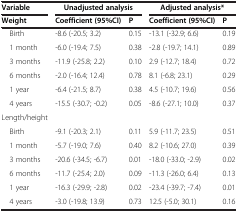
<table><thead><tr><td><b>Variable</b></td><td colspan="2"><b>Unadjusted analysis</b></td><td colspan="2"><b>Adjusted analysis*</b></td></tr><tr><td><b>Weight</b></td><td><b>Coefficient (95%CI)</b></td><td><b>P</b></td><td><b>Coefficient (95%CI)</b></td><td><b>P</b></td></tr></thead><tbody><tr><td> Birth</td><td>-8.6 (-20.5; 3.2)</td><td>0.15</td><td>-13.1 (-32.9; 6.6)</td><td>0.19</td></tr><tr><td> 1 month</td><td>-6.0 (-19.4; 7.5)</td><td>0.38</td><td>-2.8 (-19.7; 14.1)</td><td>0.89</td></tr><tr><td> 3 months</td><td>-11.9 (-25.8; 2.2)</td><td>0.10</td><td>2.9 (-12.7; 18.4)</td><td>0.72</td></tr><tr><td> 6 months</td><td>-2.0 (-16.4; 12.4)</td><td>0.78</td><td>8.1 (-6.8; 23.1)</td><td>0.29</td></tr><tr><td> 1 year</td><td>-6.4 (-21.5; 8.7)</td><td>0.38</td><td>4.5 (-10.7; 19.6)</td><td>0.56</td></tr><tr><td> 4 years</td><td>-15.5 (-30.7; -0.2)</td><td>0.05</td><td>-8.6 (-27.1; 10.0)</td><td>0.37</td></tr><tr><td>Length/height</td><td>[EMPTY_CELL]</td><td>[EMPTY_CELL]</td><td>[EMPTY_CELL]</td><td>[EMPTY_CELL]</td></tr><tr><td> Birth</td><td>-9.1 (-20.3; 2.1)</td><td>0.11</td><td>5.9 (-11.7; 23.5)</td><td>0.51</td></tr><tr><td> 1 month</td><td>-5.7 (-19.0; 7.6)</td><td>0.40</td><td>8.2 (-10.6; 27.0)</td><td>0.39</td></tr><tr><td> 3 months</td><td>-20.6 (-34.5; -6.7)</td><td>0.01</td><td>-18.0 (-33.0; -2.9)</td><td>0.02</td></tr><tr><td> 6 months</td><td>-11.7 (-25.4; 2.0)</td><td>0.09</td><td>-11.3 (-26.0; 6.4)</td><td>0.13</td></tr><tr><td> 1 year</td><td>-16.3 (-29.9; -2.8)</td><td>0.02</td><td>-23.4 (-39.7; -7.4)</td><td>0.01</td></tr><tr><td> 4 years</td><td>-3.0 (-19.8; 13.9)</td><td>0.73</td><td>12.5 (-5.0; 30.1)</td><td>0.16</td></tr></tbody></table>